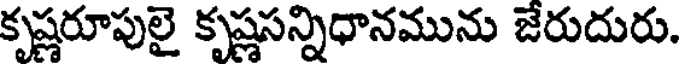
కృష్ణరూపులై కృష్ణసన్నిధానమును జేరుదురు.